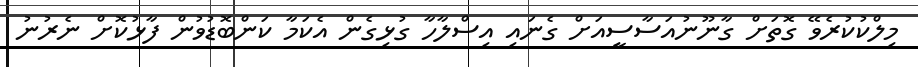
މިލްކުކުރެވޭ ގޮތަށް ގާނޫނުއަސާސީއަށް ގެނައި އިސްލާހާ ގުޅިގެން އެކަމާ ކަންބޮޑުވުން ފާޅުކޮށް ނެރުނު